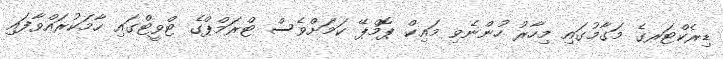
ޑިރެކްޓަރގެ މަގާމުގައި މިހާރު ހުންނެވި މައިކް ޕޮމްޕޭ ކަމަށްވެސް ޓްރަމްޕްގެ ޓްވީޓްގައި ހާމަކުރައްވާފައި